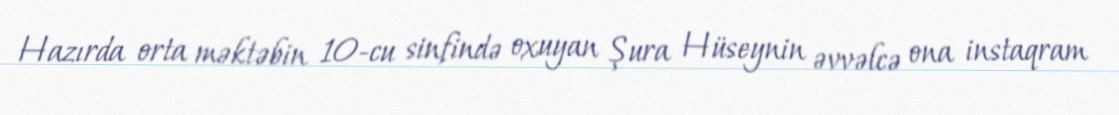
Hazırda orta məktəbin 10-cu sinfində oxuyan Şura Hüseynin əvvəlcə ona instaqram